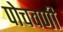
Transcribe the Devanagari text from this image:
पोचवणी